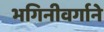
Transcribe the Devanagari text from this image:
भगिनीवर्गाने